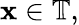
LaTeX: \mathbf{x}\in\mathbb{{T}},